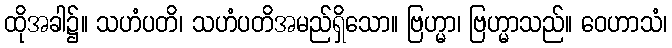
ထိုအခါ၌။ သဟံပတိ၊ သဟံပတိအမည်ရှိသော။ ဗြဟ္မာ၊ ဗြဟ္မာသည်။ ဝေဟာသံ၊